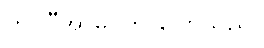
ဟာဂျီအာမင်က ပြောသည်။